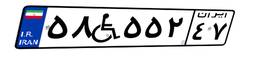
۱۷W۳۵۴۷۷